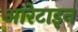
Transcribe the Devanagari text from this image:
आरेटाइन